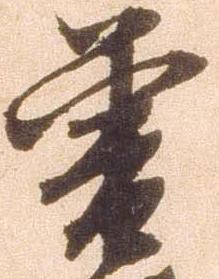
曽